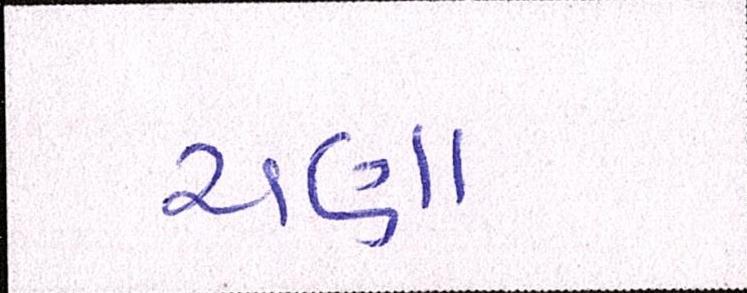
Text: ચણા